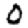
Digit: 0